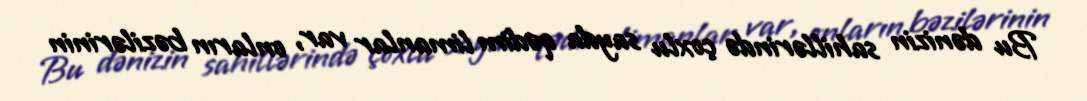
Bu dənizin sahillərində çoxlu sayda qədim limanlar var, onların bəzilərinin